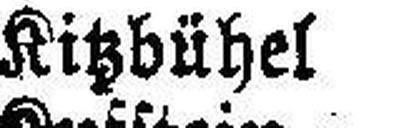
Kitzbühel